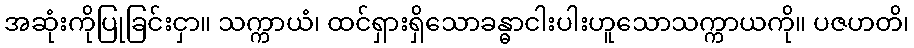
အဆုံးကိုပြုခြင်းငှာ။ သက္ကာယံ၊ ထင်ရှားရှိသောခန္ဓာငါးပါးဟူသောသက္ကာယကို။ ပဇဟတိ၊